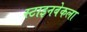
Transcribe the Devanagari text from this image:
स्टाइनबेकला